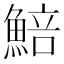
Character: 𩸬